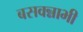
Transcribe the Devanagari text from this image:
बसवन्नाभी